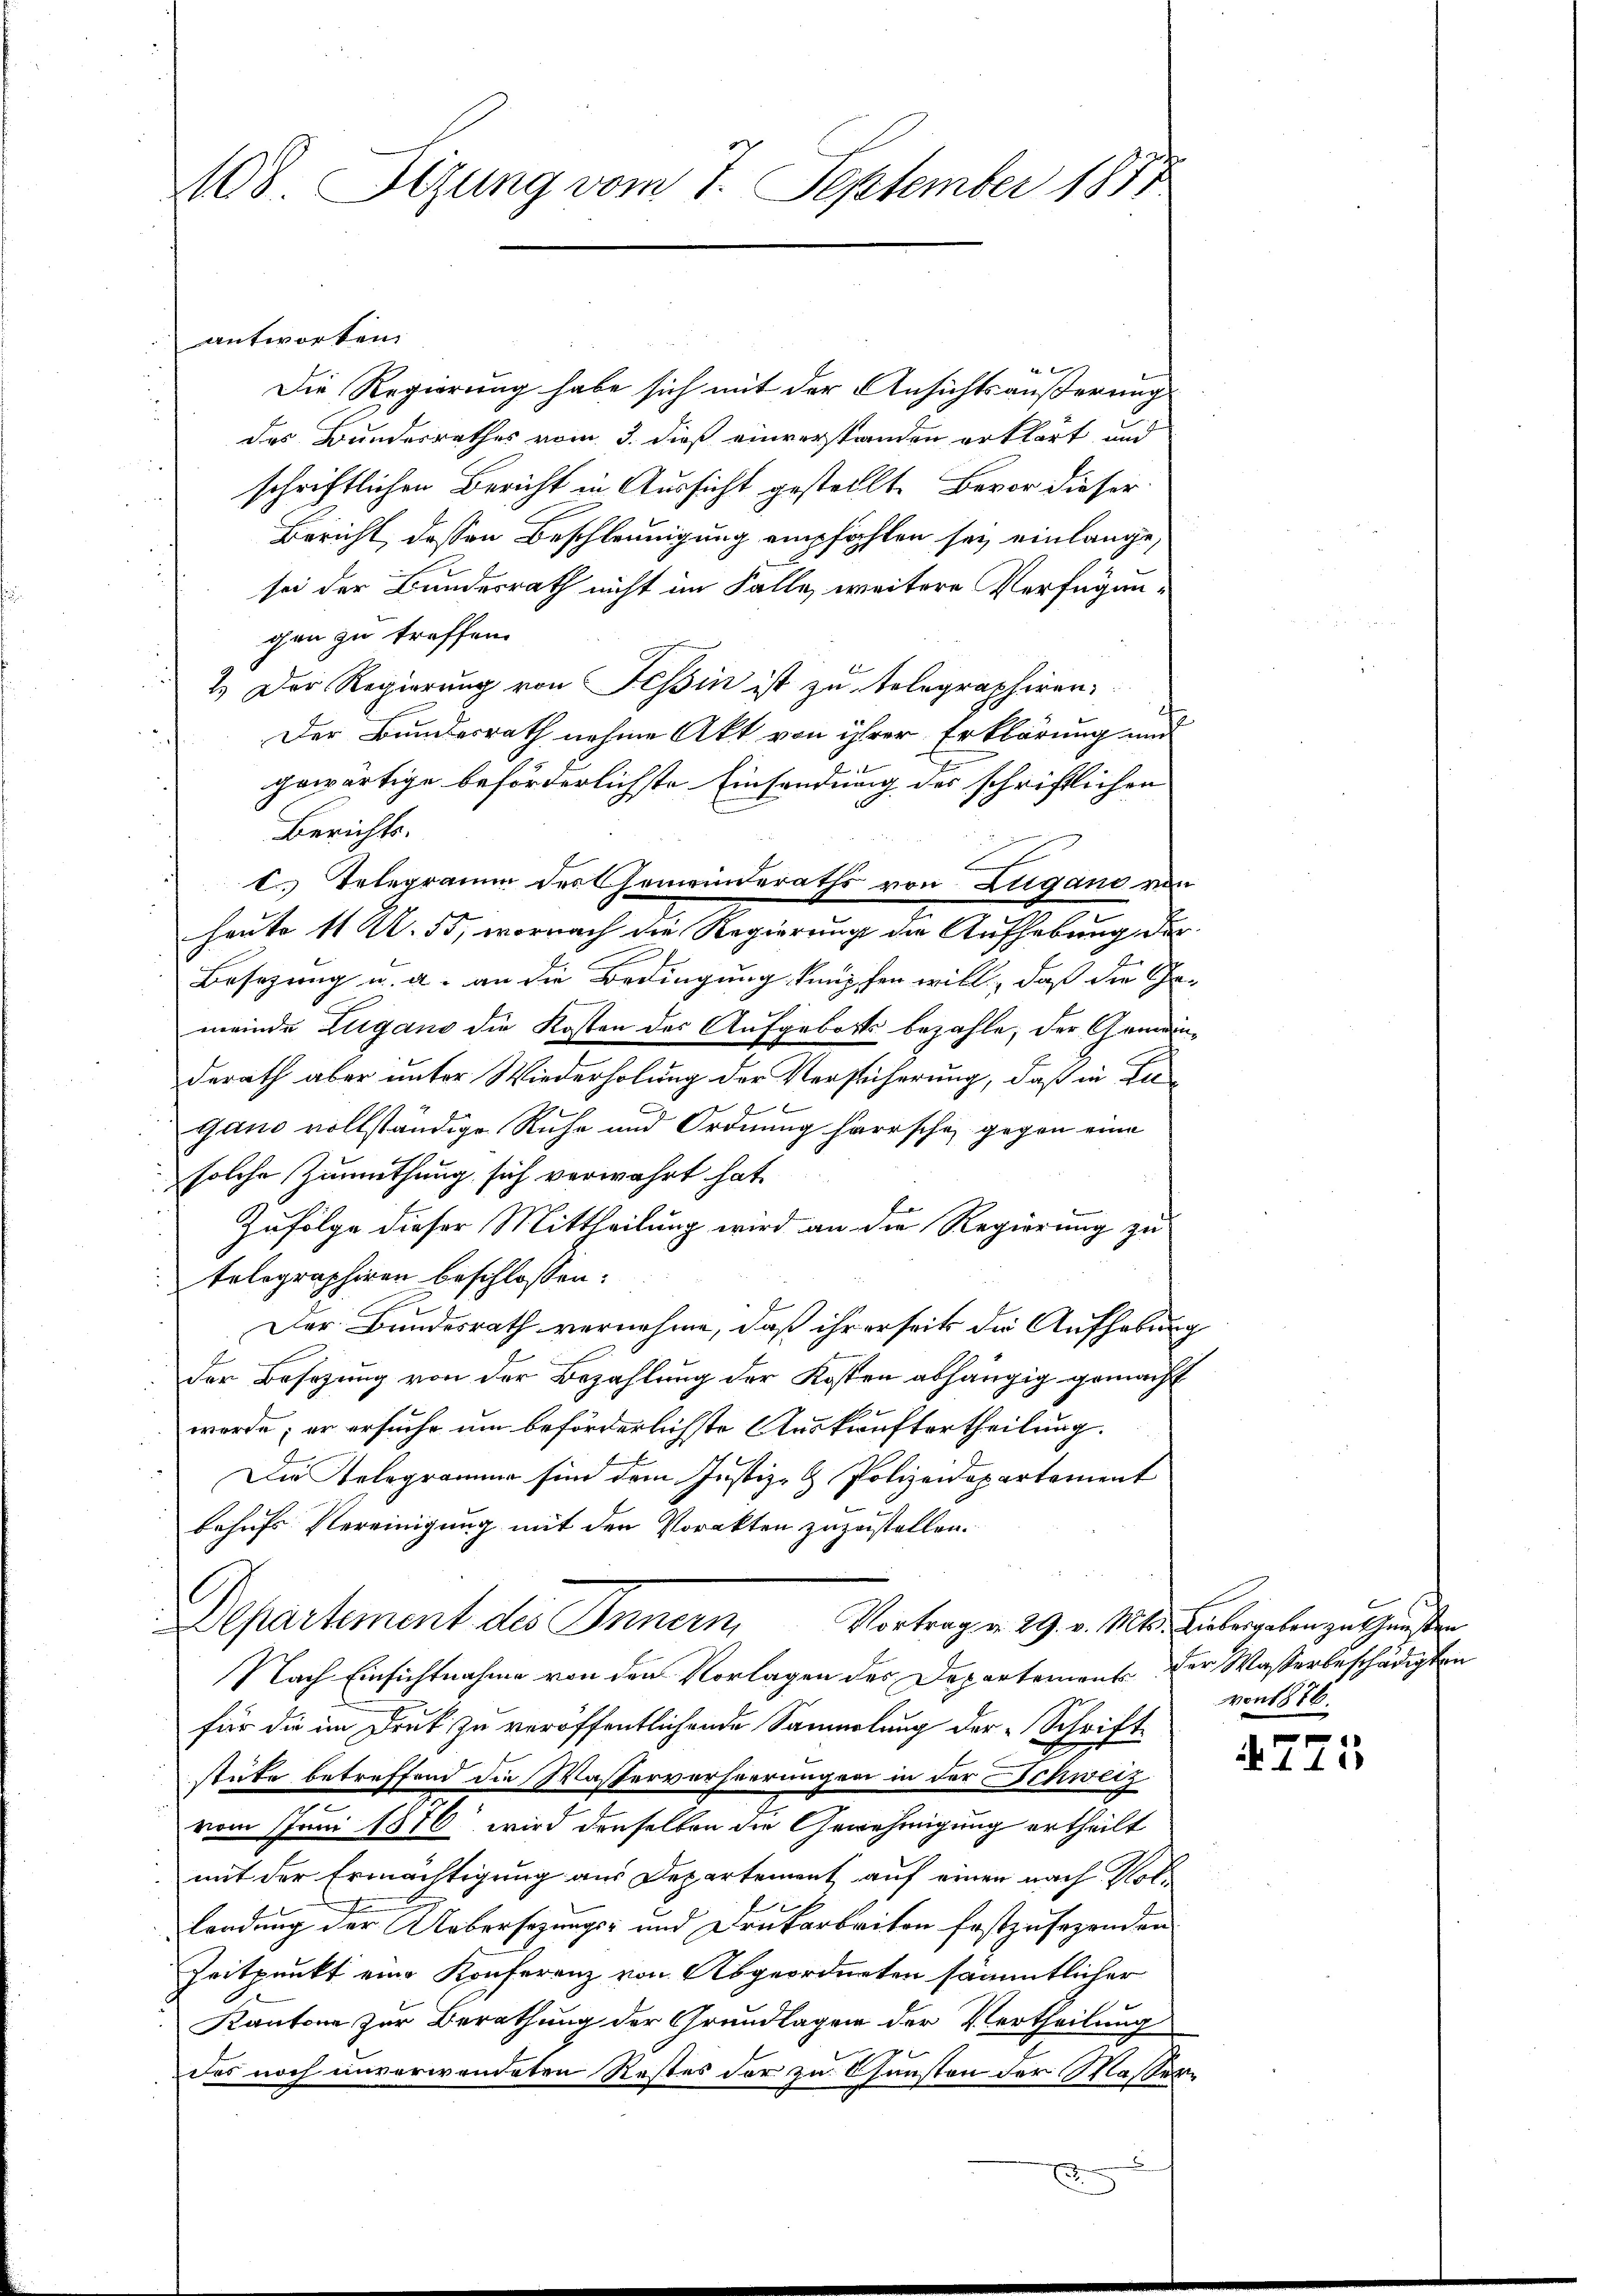
108. Sizung vom 7. September 1877

antworten.
e |
Die Regierung habe sich mit der Ansichtsäußerung
des Bundesrathes vom 3. dieß einverstanden erklärt, und
schriftlichen Bericht in Aussicht gestellte Bevor dieser
Bericht dessen Beschleunigung empfohlen sey einlange,
sei der Bundesrath nicht im Falle, weitere Verfügungen zu treffen.
2.) Der Regierung von Tessin ist zu telegraphiren
Der Bundesrath nehme Akt von ihrer Erklärung und
gewärtige beförderlichste Einsendung des schriftlichen
Berichts.
c. Telegramm des Gemeinderaths von Lugano von
haute 11 Al. 55, wornach die Regierung die Aufhebung der
Besezung u. a. an die Bedingung knüpfen will, daß die The
.
meinde Lugano die Kosten der Aufgebotts bezahle, der Gemeinderath aber unter Wiederholung der Versicherung, daß in Fa-
gano vollständige Ruhe und Ordnung herrsche, gegen eine
solche Zumuthung sich verwahrt hat.
Zufolge dieser Mittheilung wird an die Regierung zu
telegraphiren beschlossen:
Der Bundesrath vernehme, daß ihrerseits die Aufhebung
der Besizung von der Bezahlung der Kosten abhängig gemacht
werde; er ersuche um beförderlichste Auskauftertheilung.
Die Telegramme sind dem Justiz- & Polizeidepartement
behufs Vereinigung mit den Vorakten zuzustellen.
C
Departement des Innern
Vortrag d. 29. v. Mts. Liebesgaben zu thunsten
Nach Einsichtnahme von den Vorlagen des Departement der Wasserbeschädigten
für die im Druk zu veröffentlichende Sammlung der Schriftstute betreffend die Wasserverheerungen in der Schweiz
.
vom Juni 1876 wird denselben die Genehmigung ertheilt
mit der Ermächtigung aus Departement auf einen nach Notlendung der Uebersezungs- und Drukarbeiten festzusezenden
Zeitpunkt eine Konferenz von Abgeordneten sämmtlicher
Kantone zur Berathung der Grundlagen der Vertheilung
Das noch unverwendeten Restes der zu Gunsten der Masser

x
E
5

g

von 1876.

7
 112